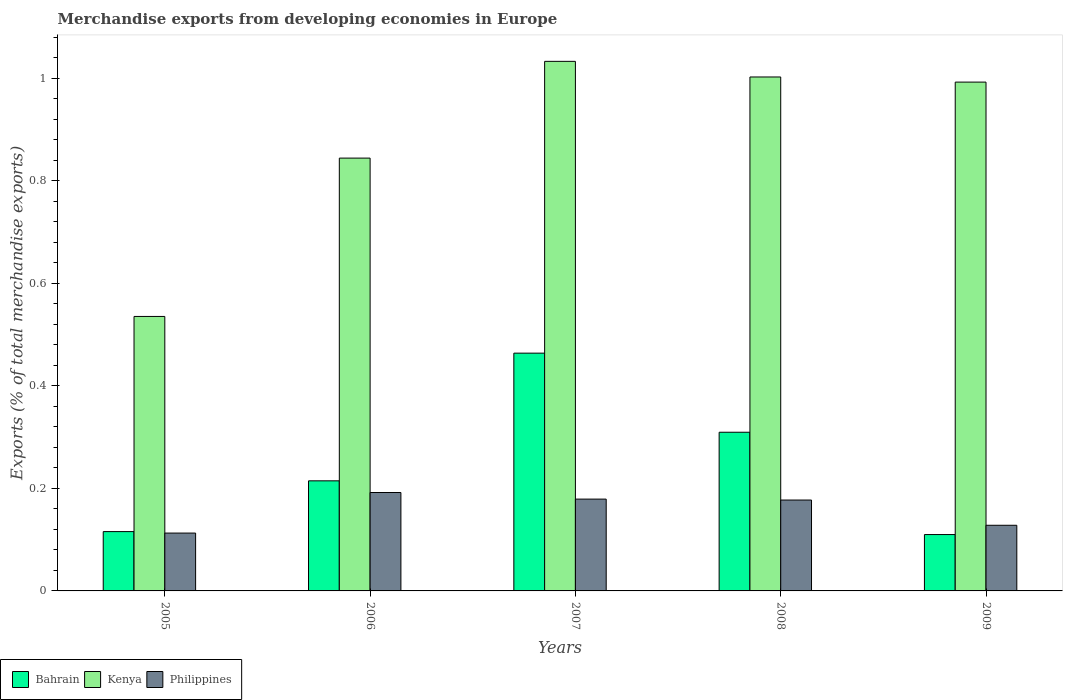
| Years | Bahrain | Kenya | Philippines |
 | --- | --- | --- | --- |
 | 2005 | 0.116 | 0.536 | 0.113 |
 | 2006 | 0.215 | 0.845 | 0.192 |
 | 2007 | 0.464 | 1.03 | 0.179 |
 | 2008 | 0.31 | 1 | 0.177 |
 | 2009 | 0.11 | 0.993 | 0.128 |